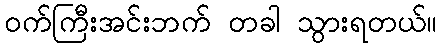
ဝက်ကြီးအင်းဘက် တခါ သွားရတယ်။